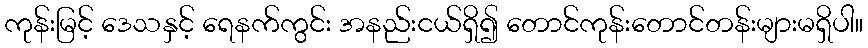
ကုန်းမြင့် ဒေသနှင့် ရေနက်ကွင်း အနည်းငယ်ရှိ၍ တောင်ကုန်းတောင်တန်းများမရှိပါ။